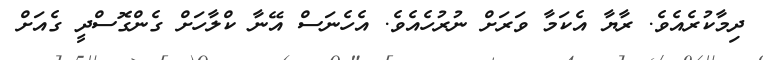
ދިމާކުރެއެވެ. ރާޔާ އެކަމާ ވަރަށް ނުރުހެއެވެ. އެހެނަސް އޭނާ ކްލާހަށް ގެންގޮސްދީ ގެއަށް